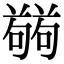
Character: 𭋘